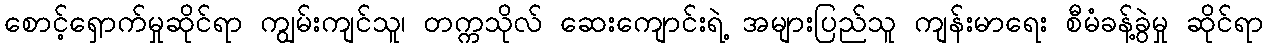
စောင့်ရှောက်မှုဆိုင်ရာ ကျွမ်းကျင်သူ၊ တက္ကသိုလ် ဆေးကျောင်းရဲ့ အများပြည်သူ ကျန်းမာရေး စီမံခန့်ခွဲမှု ဆိုင်ရာ